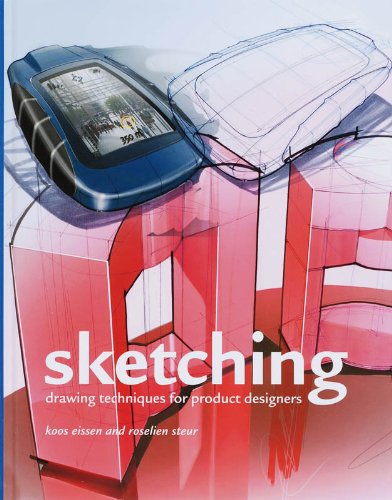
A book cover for Sketching (12th printing): Drawing Techniques for Product Designers; Koos Eissen; Arts & Photography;